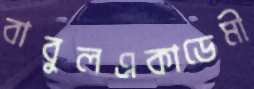
বাবুলএকাডেমী